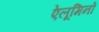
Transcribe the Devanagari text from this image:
ऐलूमिनों